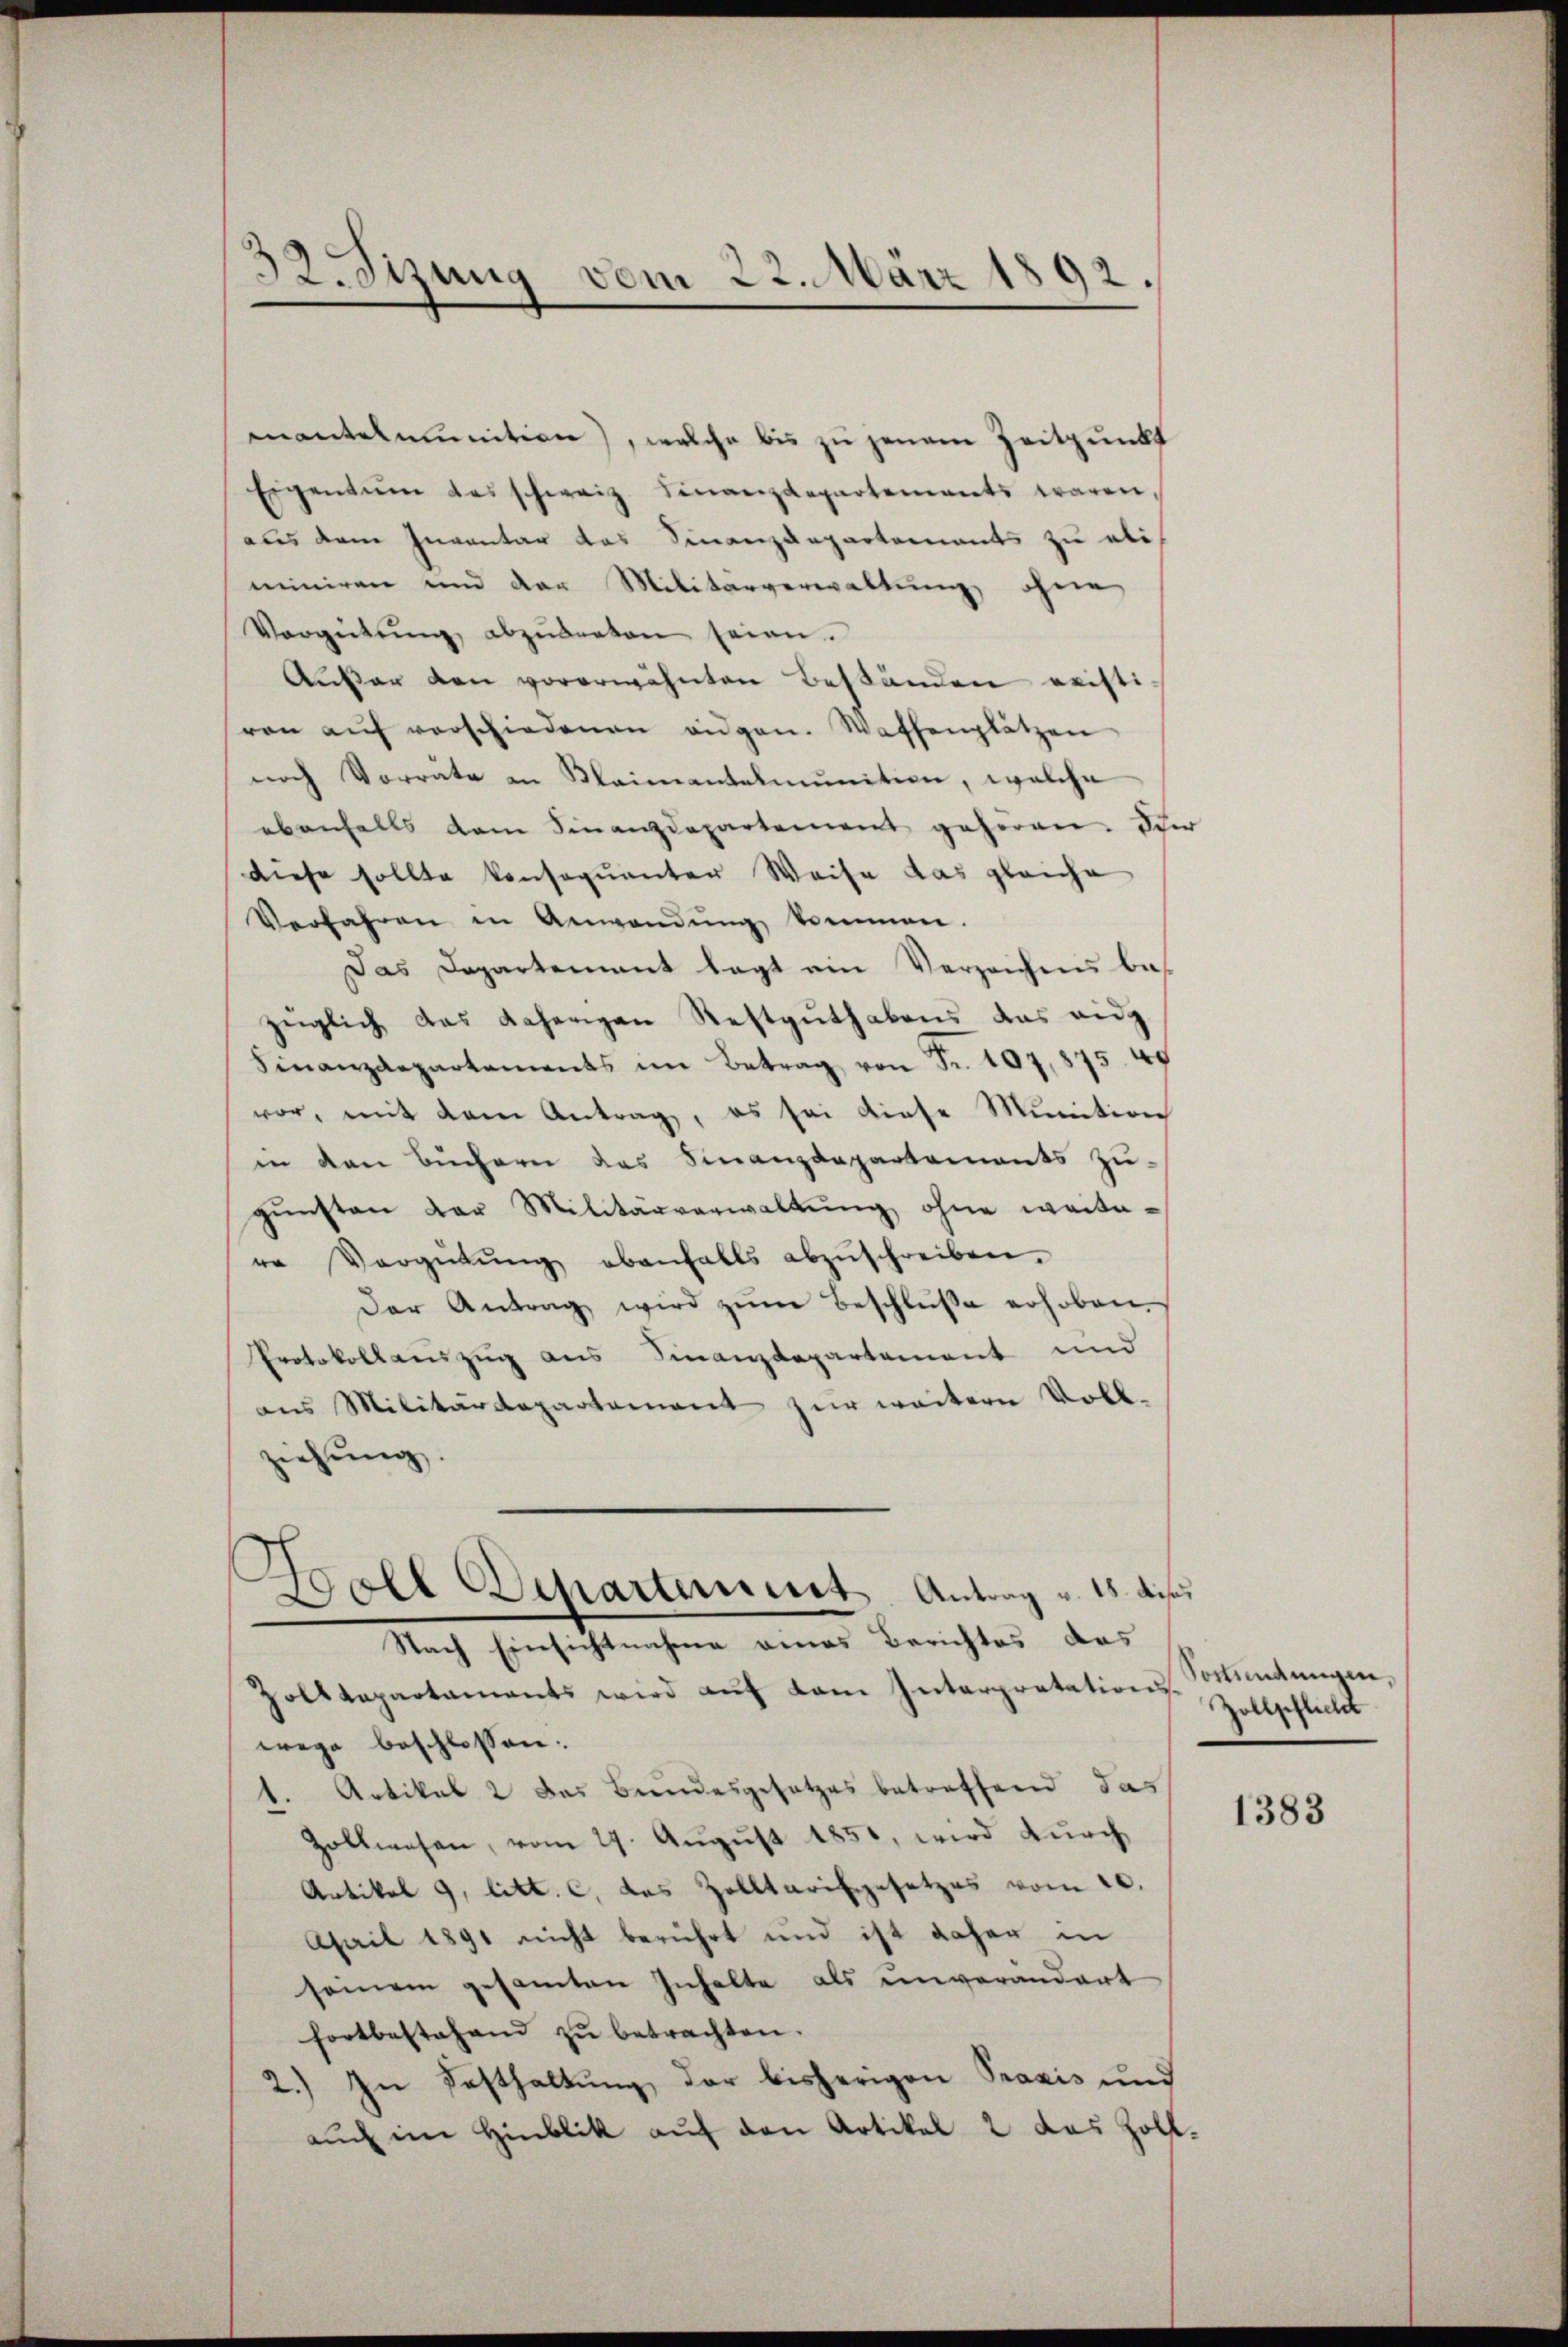
32. Sizung vom 22. März 1892.

mantelmunition), welche bis zu jenem Zeitpunkt
Eigentum des schweiz. Finanzdepartements waren,
aus dem Inventar das Finanzdepartements zu ali
miniren und der Militärverwaltung ohne
Vergütŭng abzŭbraten seien.
Außer den vorerwähnten Beständen reisti
von aŭf vorschiedenen eidgen. Waffenplätzen
noch Vorrate in Klaimentalmunition, welche
ebenfalls dem Finanzdepartement gehören. Schor
diese sollte konsequenter Weise das gleiche
Verfahren in Anwendŭng kommen.
Das Departement legt ein Verzeichnis bes
züglich das daherigen Restguthabens das eidg
Finanzdepartements im Betrag von Fr. 107,875. 49
vor, mit dem Antrag, es sei diese Munition
in den Büchern das Finanzdepartements zu-
gŭnsten der Militärverwaltŭng ohne weitere Vergütŭng ebenfalls abzŭschreiben.
Der Antrag wird zŭm Beschlŭβe erhoben.
Protokollauszug aus Finanzdepartement und
aus Militärdepartement zur weitern Voll-
ziehung.
h
Boll Departement Antrag v. 18. diss
Nach Einsichtnahme eines Berichtes das
Zolldepartaments wird aŭf dem Interpretationswege beschlossen:
1. Artikal 2 das Bundesgesetzes betreffend das
Zollwesen, vom 29. Aŭgŭst 1851, wird dŭrch
Artikel 9, litt. c, das Zolltarifgesetzes vom 20.
Ahail 1891 nicht berührt und ist daher in
seinem gesamten Inhalte als unverändert
fortbestehend zŭ betrachten.
2.) In Festhaltung, der bisherigen Praxis und
auch im Hinblik auf den Artikal 2 das Zoll-

Vortretungen,
Zollpflicht

1383